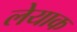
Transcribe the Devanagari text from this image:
लेयाक